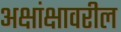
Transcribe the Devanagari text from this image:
अक्षांक्षावरील